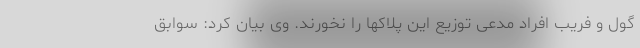
گول و فریب افراد مدعی توزیع این پلاکها را نخورند. وی بیان کرد: سوابق